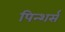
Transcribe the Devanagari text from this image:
पिन्शर्स